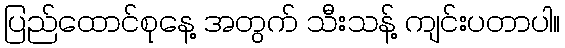
ပြည်ထောင်စုနေ့ အတွက် သီးသန့် ကျင်းပတာပါ။